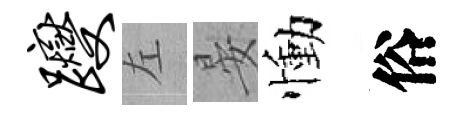
躞左晏慟俗